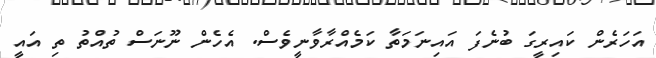
އަހަރެން ކައިރީގަ ބުނެފަ އައިނަމަތާ ކަމެއްރާވާނީވެސް. އެހެން ނޫނަސް ތުއްތު ތި އައީ